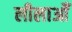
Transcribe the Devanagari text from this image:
लीलाओँ